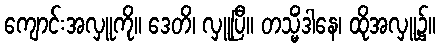
ကျောင်းအလှူကို။ ဒေတိ၊ လှူပြီ။ တသ္မိံဒါနေ၊ ထိုအလှူ၌။